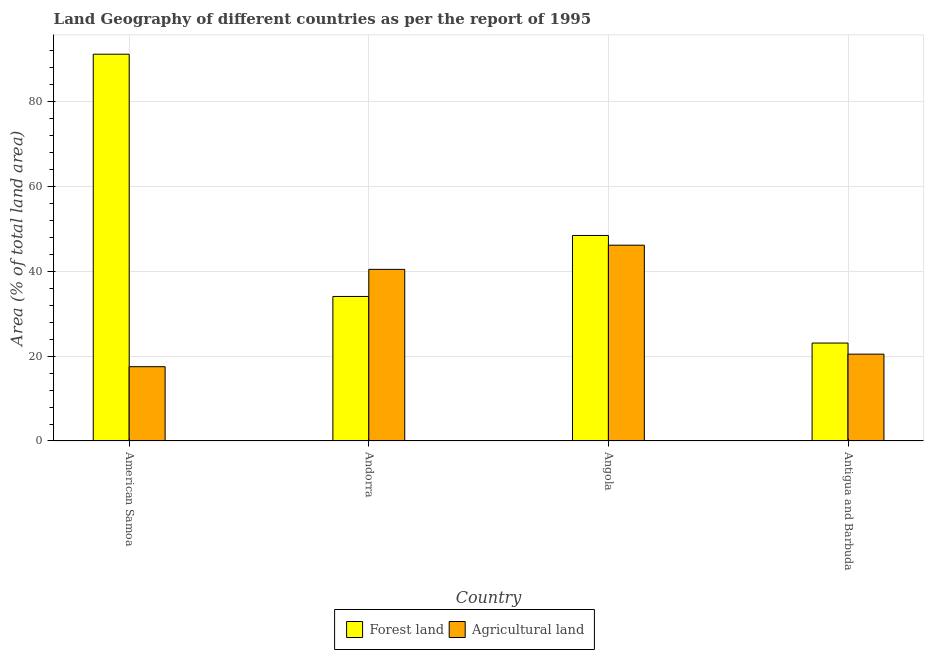
| Country | Forest land | Agricultural land |
 | --- | --- | --- |
 | American Samoa | 91.1 | 17.5 |
 | Andorra | 34 | 40.4 |
 | Angola | 48.4 | 46.1 |
 | Antigua and Barbuda | 23.1 | 20.5 |